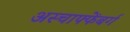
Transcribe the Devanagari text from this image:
अस्चाफ्फेंबर्ग